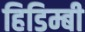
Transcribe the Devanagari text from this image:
हिडिम्बी